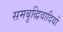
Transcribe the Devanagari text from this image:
समबुद्धिवादियों